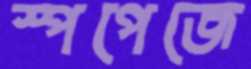
স্পপেজে